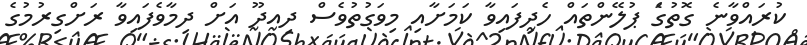
ކުރައްވާނެ ގޮތުގަެ ޕުލޭންތައް ހެދިފައިވާ ކަމަށާއި މިވަގުތުވެސް ދިއދޫ އަށް ދިމާވެފައިވާ ރަށްގިރުމުގެ